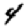
Digit: 4